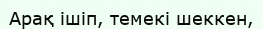
Арақ ішіп, темекі шеккен,